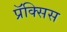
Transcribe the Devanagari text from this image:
प्रॅक्सिस